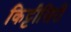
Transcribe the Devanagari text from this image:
किट्टीसिरी